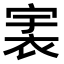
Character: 𧙶